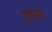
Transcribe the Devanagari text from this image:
यूध्ध